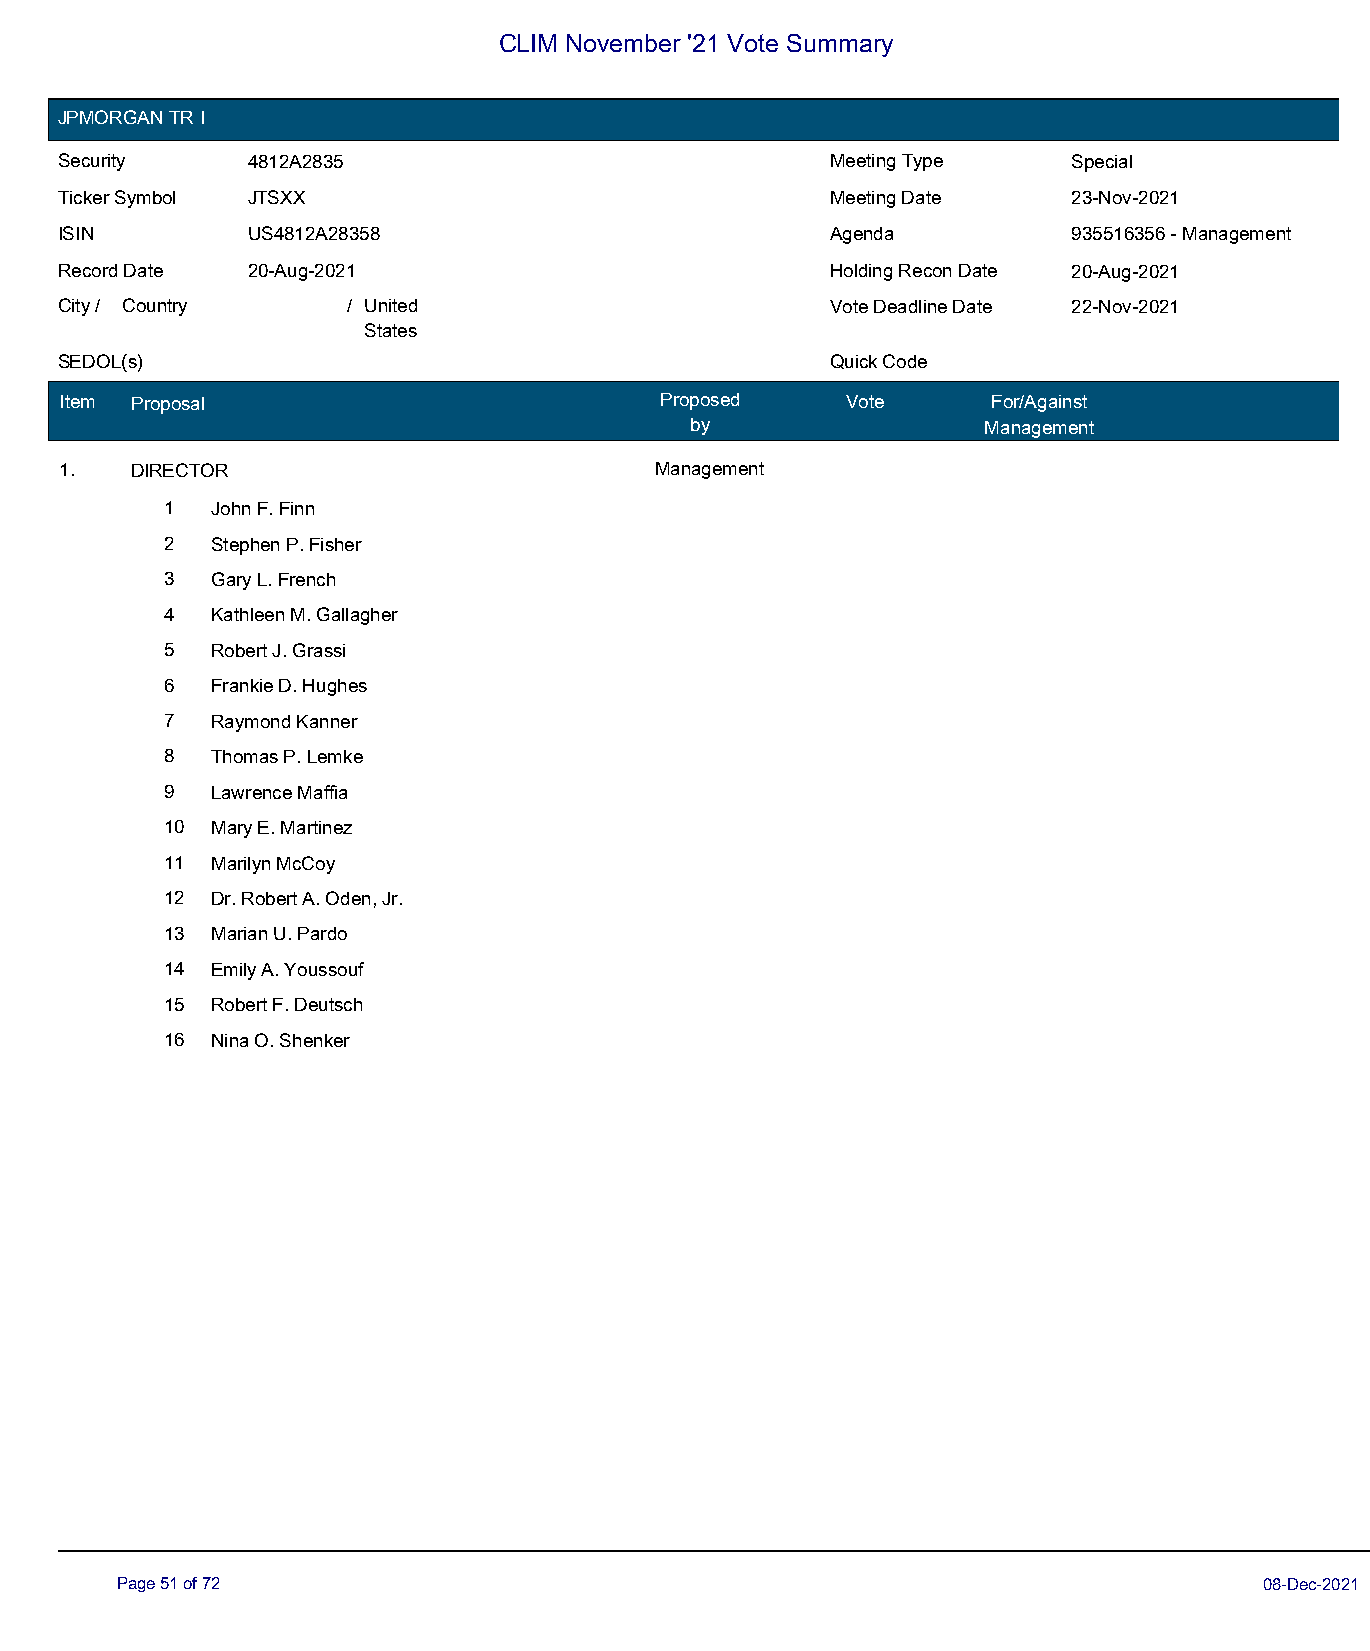
CLIM November '21 Vote Summary
 JPMORGAN TR I
 Security    4812A2835                              Meeting Type    Special
 Ticker Symbol JTSXX                                Meeting Date    23-Nov-2021
 ISIN        US4812A28358                           Agenda          935516356 - Management
 Record Date 20-Aug-2021                            Holding Recon Date 20-Aug-2021
 City / Country     / United                        Vote Deadline Date 22-Nov-2021
 States
 SEDOL(s)                                           Quick Code
 Item Proposal                           Proposed    Vote      For/Against
 by                 Management
 1.   DIRECTOR                          Management
 1  John F. Finn
 2  Stephen P. Fisher
 3  Gary L. French
 4  Kathleen M. Gallagher
 5  Robert J. Grassi
 6  Frankie D. Hughes
 7  Raymond Kanner
 8  Thomas P. Lemke
 9  Lawrence Maffia
 10 Mary E. Martinez
 11 Marilyn McCoy
 12 Dr. Robert A. Oden, Jr.
 13 Marian U. Pardo
 14 Emily A. Youssouf
 15 Robert F. Deutsch
 16 Nina O. Shenker
 Page 51 of 72                                                               08-Dec-2021